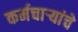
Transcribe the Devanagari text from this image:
कर्मचार्‍यांचे